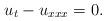
LaTeX: \begin{align*}u_t-u_{xxx}=0.\end{align*}